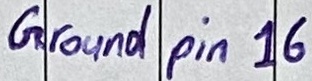
Text: Ground pin 16